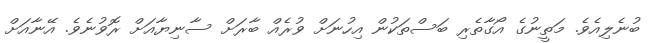
ބުނެލިއެވެ. މަތީނުގެ އޯގާތެރި ބަސްތަކުން އިހުނަށް ވުރެއް ބާރަށް ސާނިޔާއަށް ރޮވުނެވެ. އޭނާއަށް